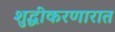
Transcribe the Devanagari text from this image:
शुद्धीकरणारात